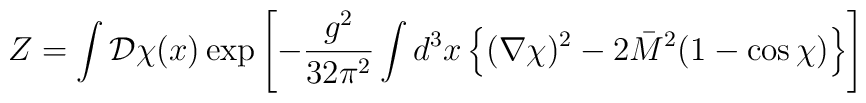
Z = \int {\cal D}\chi (x) \exp \left[- {g^2 \over 32\pi^2} \int d^3x\left\{(\nabla \chi)^2 - 2\bar M^2 (1 - \cos \chi) \right\} \right]